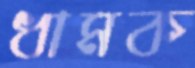
ধামক